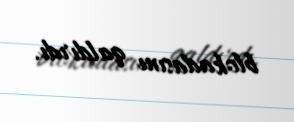
blokadasını qaldırdı.